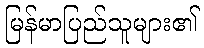
မြန်မာပြည်သူများ၏